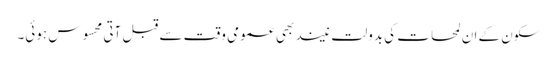
سکون کے ان لمحات کی بدولت نیند بھی عمومی وقت سے قبل آتی محسوس ہوئی۔